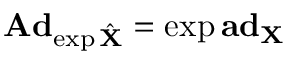
\mathbf { A d } _ { \exp \hat { \mathbf { X } } } = \exp \mathbf { a d } _ { \mathbf { X } }